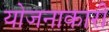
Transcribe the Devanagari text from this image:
योजनाकारी